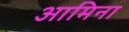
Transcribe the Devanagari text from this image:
आमिना